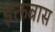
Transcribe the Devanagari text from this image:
इक्तबास